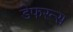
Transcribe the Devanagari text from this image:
डेफरन्स